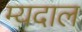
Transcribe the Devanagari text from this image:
म्यदाल